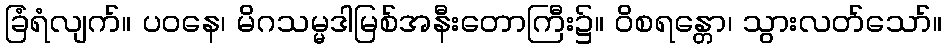
ခြံရံလျက်။ ပဝနေ၊ မိဂသမ္မဒါမြစ်အနီးတောကြီး၌။ ဝိစရန္တော၊ သွားလတ်သော်။